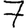
Digit: 7